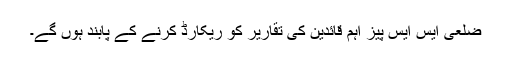
ضلعی ایس ایس پیز اہم قائدین کی تقاریر کو ریکارڈ کرنے کے پابند ہوں گے۔